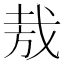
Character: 𢦷